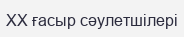
XX ғасыр сәулетшілері